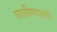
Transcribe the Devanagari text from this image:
पाठविण्याआधी